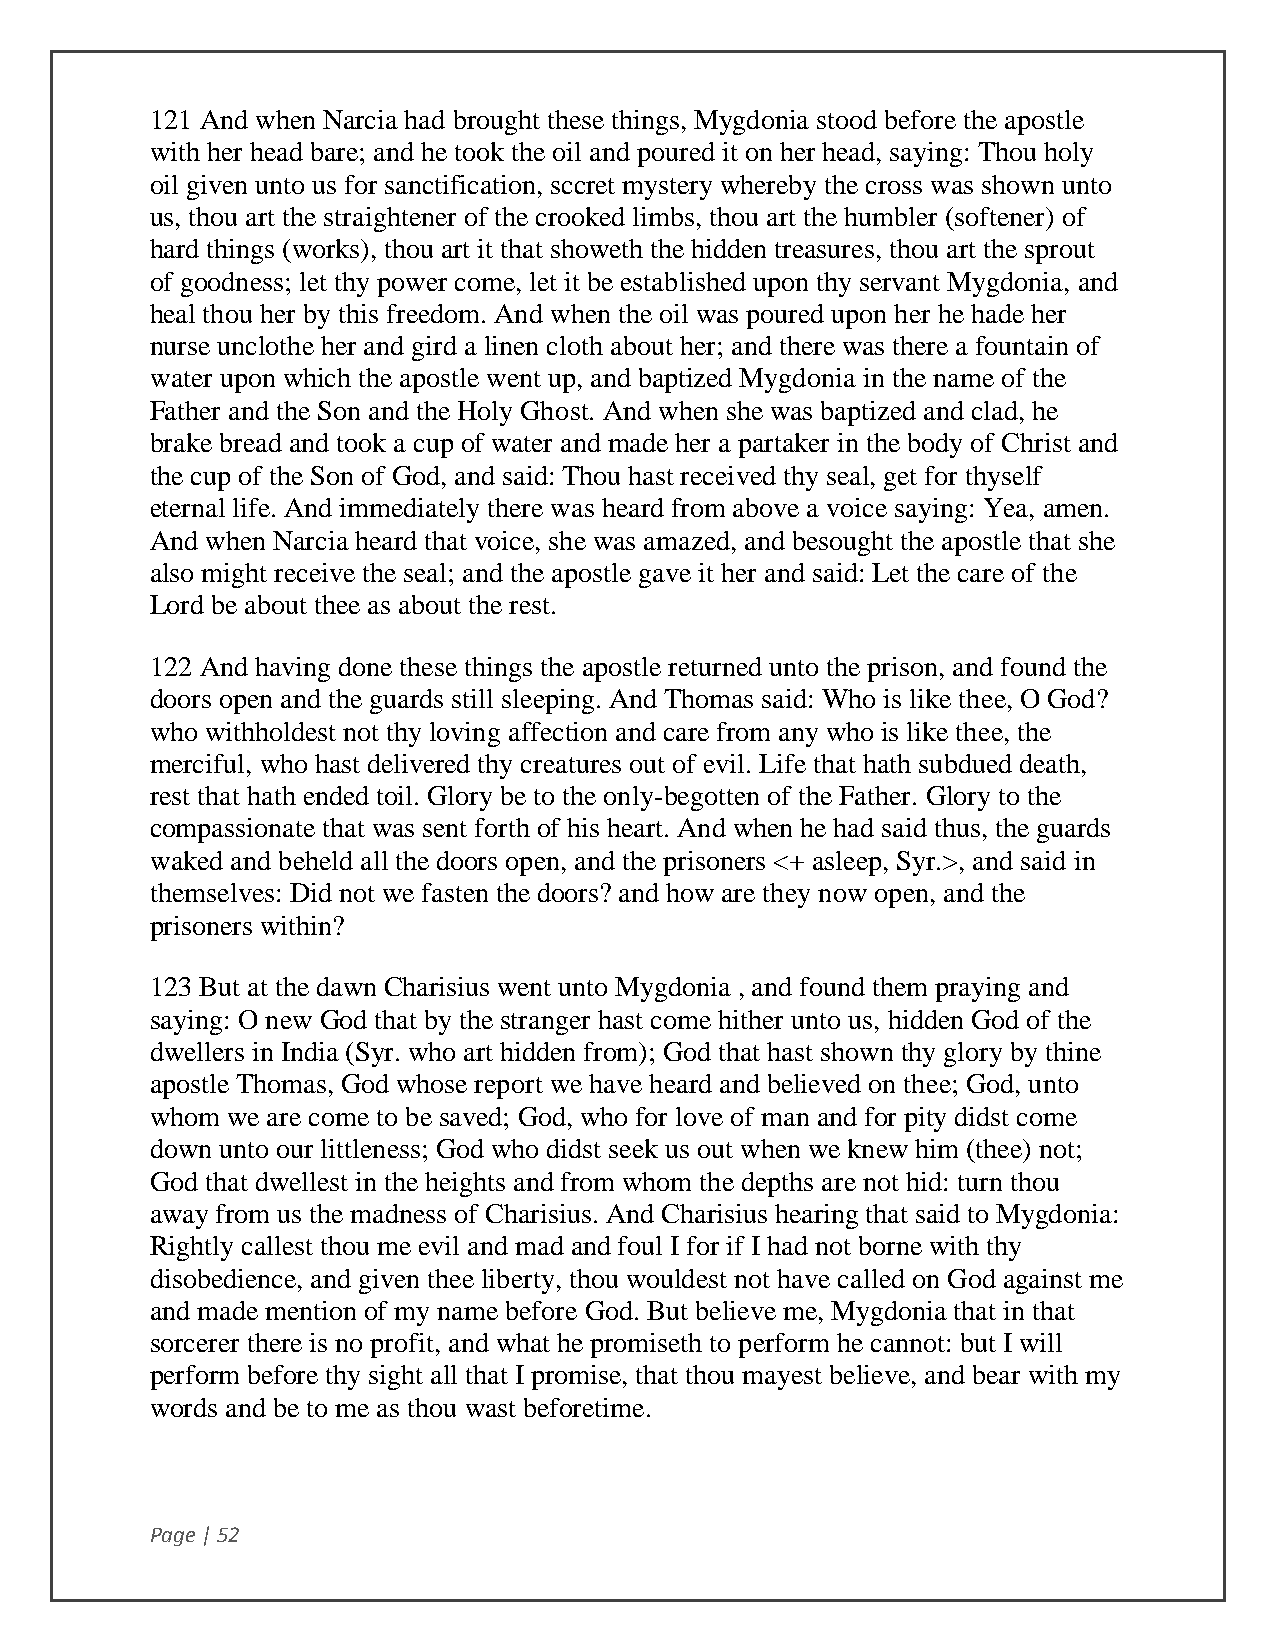
121 And when Narcia had brought these things, Mygdonia stood before the apostle
 with her head bare; and he took the oil and poured it on her head, saying: Thou holy
 oil given unto us for sanctification, sccret mystery whereby the cross was shown unto
 us, thou art the straightener of the crooked limbs, thou art the humbler (softener) of
 hard things (works), thou art it that showeth the hidden treasures, thou art the sprout
 of goodness; let thy power come, let it be established upon thy servant Mygdonia, and
 heal thou her by this freedom. And when the oil was poured upon her he hade her
 nurse unclothe her and gird a linen cloth about her; and there was there a fountain of
 water upon which the apostle went up, and baptized Mygdonia in the name of the
 Father and the Son and the Holy Ghost. And when she was baptized and clad, he
 brake bread and took a cup of water and made her a partaker in the body of Christ and
 the cup of the Son of God, and said: Thou hast received thy seal, get for thyself
 eternal life. And immediately there was heard from above a voice saying: Yea, amen.
 And when Narcia heard that voice, she was amazed, and besought the apostle that she
 also might receive the seal; and the apostle gave it her and said: Let the care of the
 Lord be about thee as about the rest.
 122 And having done these things the apostle returned unto the prison, and found the
 doors open and the guards still sleeping. And Thomas said: Who is like thee, O God?
 who withholdest not thy loving affection and care from any who is like thee, the
 merciful, who hast delivered thy creatures out of evil. Life that hath subdued death,
 rest that hath ended toil. Glory be to the only-begotten of the Father. Glory to the
 compassionate that was sent forth of his heart. And when he had said thus, the guards
 waked and beheld all the doors open, and the prisoners <+ asleep, Syr.>, and said in
 themselves: Did not we fasten the doors? and how are they now open, and the
 prisoners within?
 123 But at the dawn Charisius went unto Mygdonia , and found them praying and
 saying: O new God that by the stranger hast come hither unto us, hidden God of the
 dwellers in India (Syr. who art hidden from); God that hast shown thy glory by thine
 apostle Thomas, God whose report we have heard and believed on thee; God, unto
 whom we are come to be saved; God, who for love of man and for pity didst come
 down unto our littleness; God who didst seek us out when we knew him (thee) not;
 God that dwellest in the heights and from whom the depths are not hid: turn thou
 away from us the madness of Charisius. And Charisius hearing that said to Mygdonia:
 Rightly callest thou me evil and mad and foul I for if I had not borne with thy
 disobedience, and given thee liberty, thou wouldest not have called on God against me
 and made mention of my name before God. But believe me, Mygdonia that in that
 sorcerer there is no profit, and what he promiseth to perform he cannot: but I will
 perform before thy sight all that I promise, that thou mayest believe, and bear with my
 words and be to me as thou wast beforetime.
 Page | 52